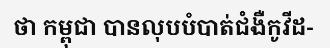
ថា កម្ពុជា បានលុបបំបាត់ជំងឺកូវីដ-